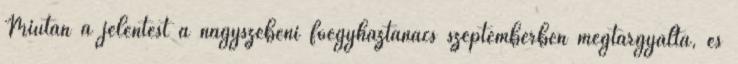
Miután a jelentést a nagyszebeni főegyháztanács szeptemberben megtárgyalta, és